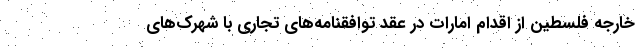
خارجه فلسطین از اقدام امارات در عقد توافقنامه‌های تجاری با شهرک‌های